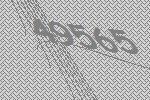
49565